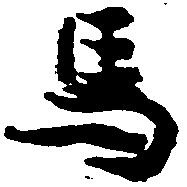
馬